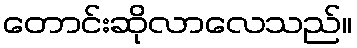
တောင်းဆိုလာလေသည်။